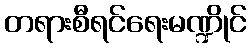
တရားစီရင်ရေးမဏ္ဍိုင်